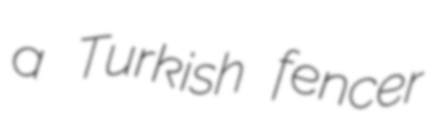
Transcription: a Turkish fencer